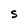
Character: S